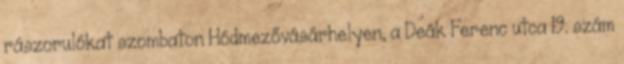
rászorulókat szombaton Hódmezővásárhelyen, a Deák Ferenc utca 19. szám